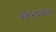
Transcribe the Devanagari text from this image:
१७४०च्या